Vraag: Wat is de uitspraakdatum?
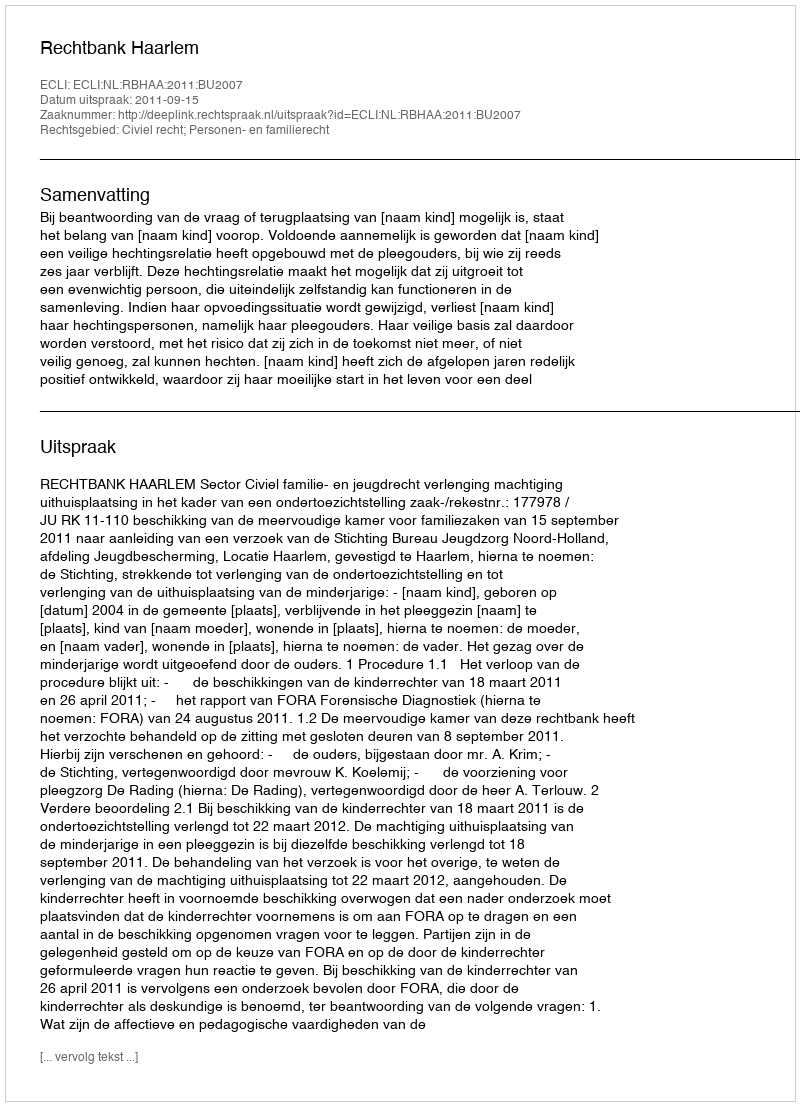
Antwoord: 2011-09-15